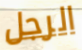
الرجل